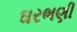
ઘરભણી